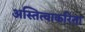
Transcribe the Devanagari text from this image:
अस्तित्वाकरिता